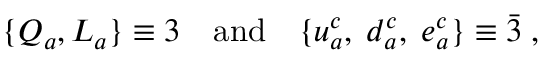
\{ Q _ { a } , L _ { a } \} \equiv 3 \quad \mathrm { a n d } \quad \{ u _ { a } ^ { c } , \; d _ { a } ^ { c } , \; e _ { a } ^ { c } \} \equiv \bar { 3 } \; ,